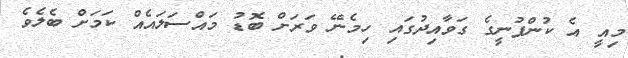
މިއީ އެ ކުންފުނީގެ ގަވާއިދުގައި ހިމެނޭ ވަރަށް ބޮޑު މައްސަލައެއް ކަމަށް ބެލެވެ